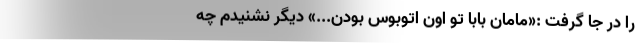
را در جا گرفت :«مامان بابا تو اون اتوبوس بودن...» دیگر نشنیدم چه